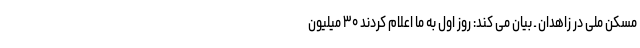
مسکن ملی در زاهدان ـ بیان می کند: روز اول به ما اعلام کردند ۳۰ میلیون